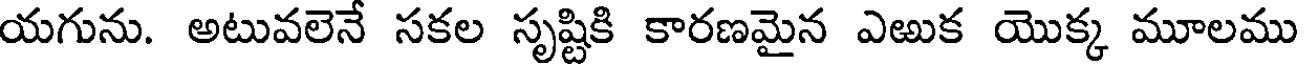
యగును. అటువలెనే సకల సృష్టికి కారణమైన ఎఱుక యొక్క మూలము